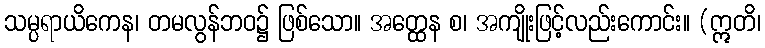
သမ္ပရာယိကေန၊ တမလွန်ဘဝ၌ ဖြစ်သော။ အတ္ထေန စ၊ အကျိုးဖြင့်လည်းကောင်း။ (ဣတိ၊